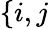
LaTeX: \{ \textit{i},\textit{j}